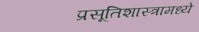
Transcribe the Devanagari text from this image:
प्रसूतिशास्त्रामध्ये